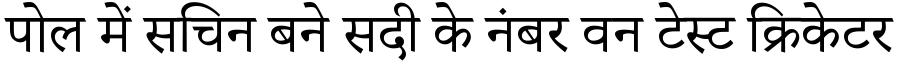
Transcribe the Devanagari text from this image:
पोल में सचिन बने सदी के नंबर वन टेस्ट क्रिकेटर